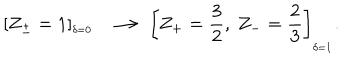
LaTeX: \left[ Z _ { \pm } = 1 \right] _ { ^ { _ { _ { \delta = 0 } } } } \ \ \longrightarrow \, \left[ Z _ { + } = \frac { 3 } { 2 } , \ Z _ { - } = \frac { 2 } { 3 } \right] _ { _ { \delta = 1 } } .